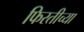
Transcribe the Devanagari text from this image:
फिरतीच्या